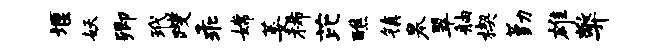
堰妖卿玳躞乖嫦萎稀芘醮镇皋翠舳楔勤雄弊